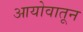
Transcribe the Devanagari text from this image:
आयोवातून